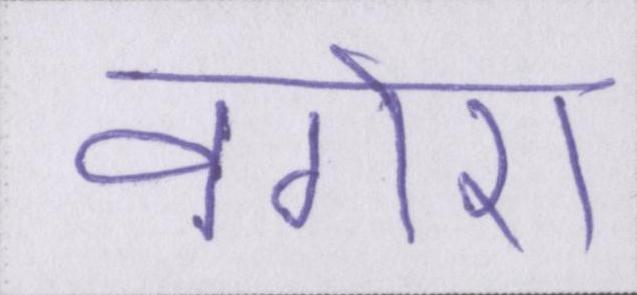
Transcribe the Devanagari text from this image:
वगेरा